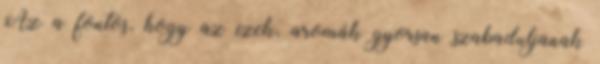
Az a fontos, hogy az ízek, aromák gyorsan szabaduljanak